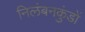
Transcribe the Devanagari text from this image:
निलंबनकुंडों